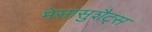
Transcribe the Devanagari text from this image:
मेसासुशैट्स